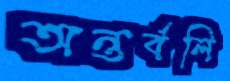
অন্তর্বলি